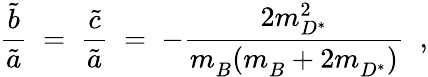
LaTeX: \frac{\tilde{b}}{\tilde{a}}\; =\; \frac{\tilde{c}}{\tilde{a}}\; =\; -\frac{2m_{D^{*}}^{2}}{m_{B}^{~}(m_{B}^{~}+2m_{D^{*}}^{~})}\; \; ,